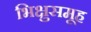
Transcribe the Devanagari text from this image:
भिक्षुसमूह